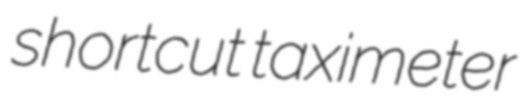
shortcut taximeter